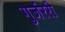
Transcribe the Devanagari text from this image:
गुर्जररी